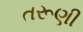
તરૂણી